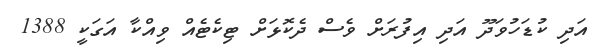
އަދި ކުޑަހުވަދޫ އަދި އިފުރަށް ވެސް ދެކޮޅަށް ޓިކެޓެއް ވިއްކާ އަގަކީ 1388